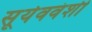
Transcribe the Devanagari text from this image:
सूर्यववंशी